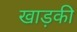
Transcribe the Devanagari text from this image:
खाड़की